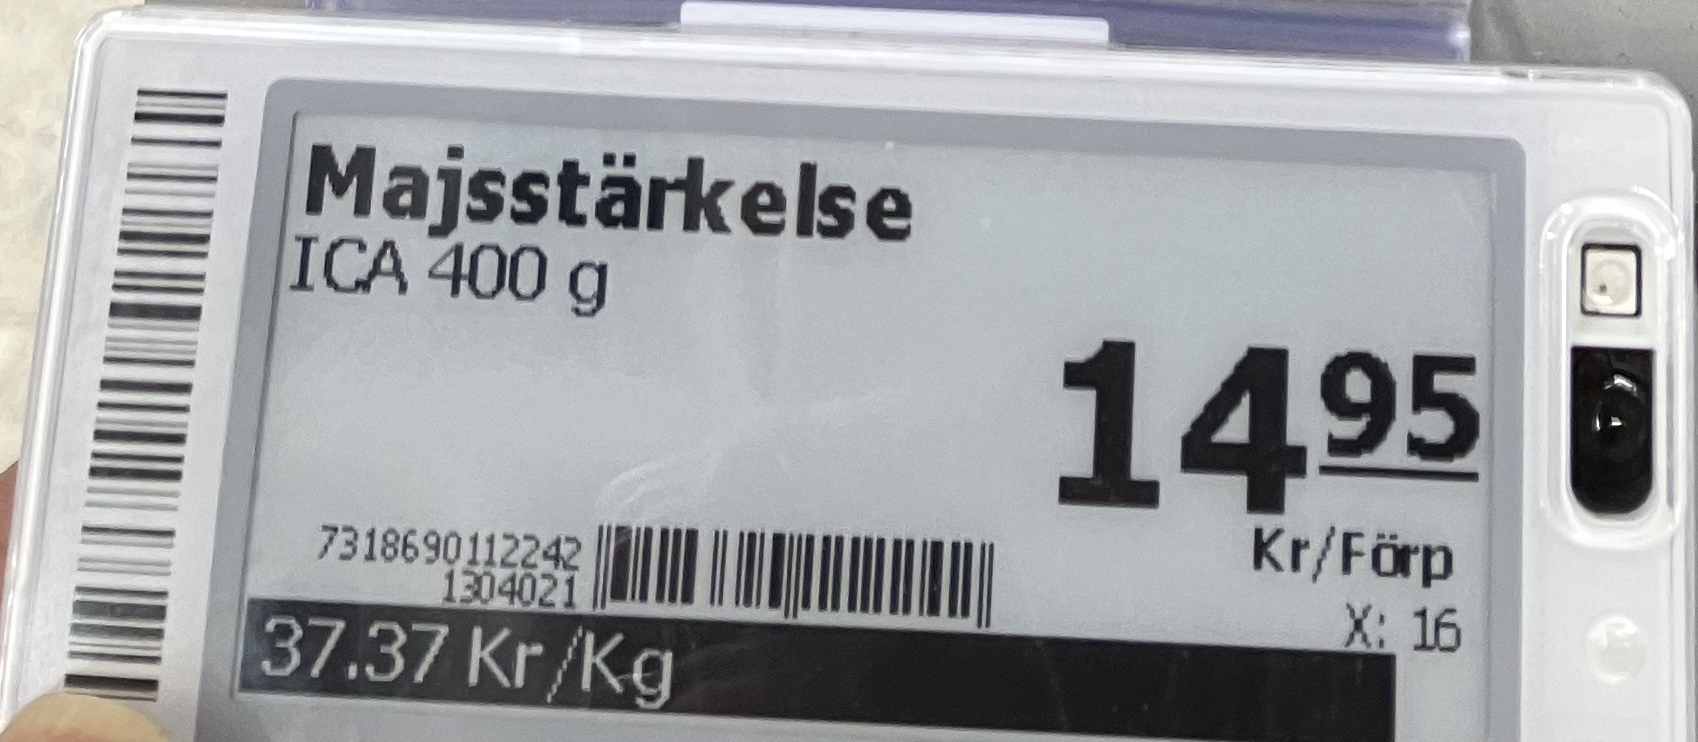
Vara: Majsstärkelse
Genomsnittspris: 37.37 per kg